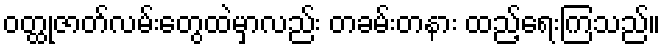
ဝတ္ထုဇာတ်လမ်းတွေထဲမှာလည်း တခမ်းတနား ထည့်ရေးကြသည်။